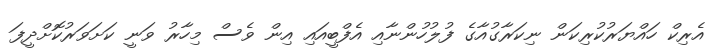
އެރިކް ހައްޔަރުކުރިކަން ނިކަރާގުއާގެ ފުލުހުންނާއި އެފްބީއައި އިން ވެސް މިހާރު ވަނީ ކަށަވަރުކޮށްދީފަ